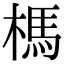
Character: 榪